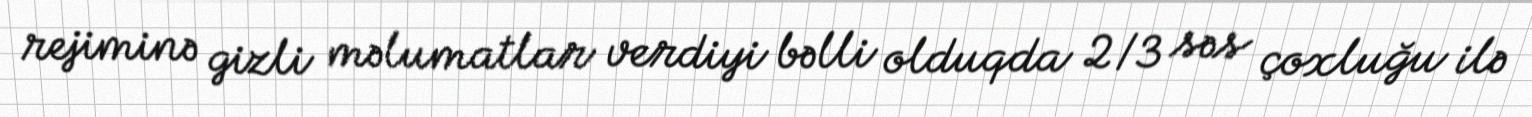
rejiminə gizli məlumatlar verdiyi bəlli olduqda 2/3 səs çoxluğu ilə